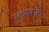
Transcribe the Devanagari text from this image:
स्कल्पटिंग